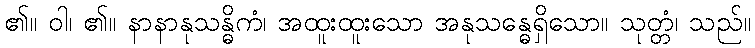
၏။ ဝါ၊ ၏။ နာနာနုသန္ဓိကံ၊ အထူးထူးသော အနုသန္ဓေရှိသော။ သုတ္တံ၊ သည်။